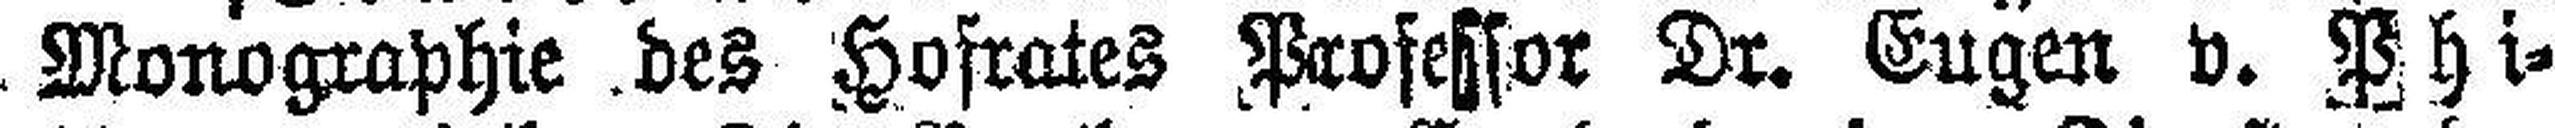
Monographie des Hofrates Professor Dr. Eugen v. Phi¬